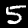
Digit: 5